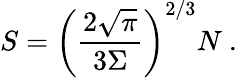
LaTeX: S=\left(\frac{2\sqrt{\pi}}{3\Sigma}\right)^{2/3}N~.